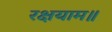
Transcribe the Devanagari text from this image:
रक्षयाम॥